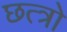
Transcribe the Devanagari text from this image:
छत्त्रो